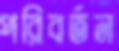
পরিবর্তন